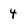
Character: 4